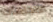
الاتجاهات